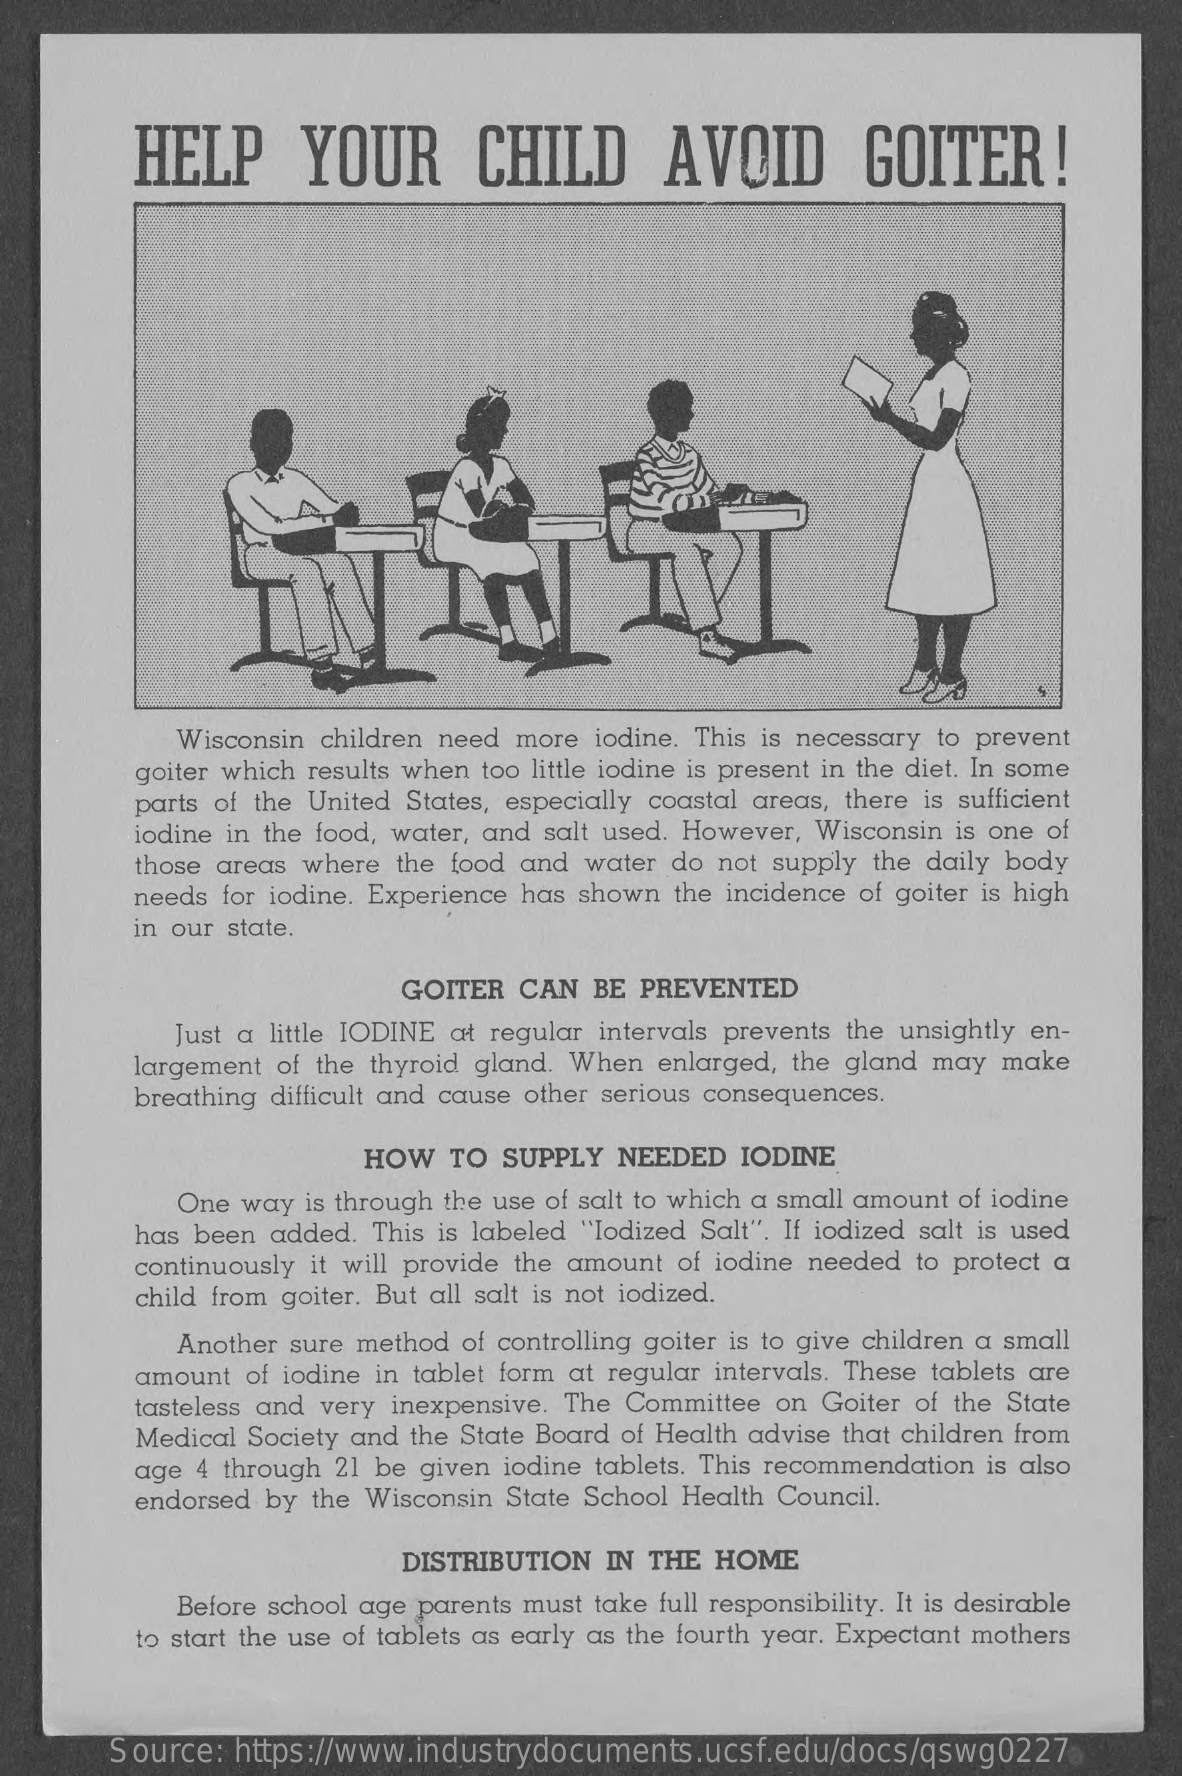
HELP    YOUR    CHILD    AVOID    GOITER    !
     Wisconsin children need more iodine. This is necessary to prevent
     goiter which results when too little iodine is present in the diet. In some
     parts of the United States, especially coastal areas, there is sufficient
     iodine in the food, water, and salt used. However, Wisconsin is one of
     those areas where the food and water do not supply the daily body
     needs for iodine. Experience has shown the incidence of goiter is high
     in our state.
     GOITER  CAN  BE PREVENTED
     Just a little IODINE at regular intervals prevents the unsightly en-
     largement of the thyroid gland. When enlarged, the gland may make
     breathing difficult and cause other serious consequences.
     HOW  TO  SUPPLY  NEEDED  IODINE
     One way is through the use of salt to which a small amount of iodine
     has been added. This is labeled "Iodized Salt". If iodized salt is used
     continuously it will provide the amount of iodine needed to protect a
     child from goiter. But all salt is not iodized.
     Another sure method of controlling goiter is to give children a small
     amount  of iodine in tablet form at regular intervals. These tablets are
     tasteless and very inexpensive. The Committee on Goiter of the State
     Medical Society and the State Board of Health advise that children from
     age 4 through 21 be given iodine tablets. This recommendation is also
     endorsed by the Wisconsin State School Health Council.
     DISTRIBUTION  IN THE HOME
     Before school age parents must take full responsibility. It is desirable
     to start the use of tablets as early as the fourth year. Expectant mothers
     Source: https://www.industrydocuments.ucsf.edu/docs/qswg0227